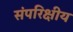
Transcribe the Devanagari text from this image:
संपरिक्षीय